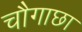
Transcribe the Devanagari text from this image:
चौगाछा